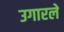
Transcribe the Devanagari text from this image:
उगारले